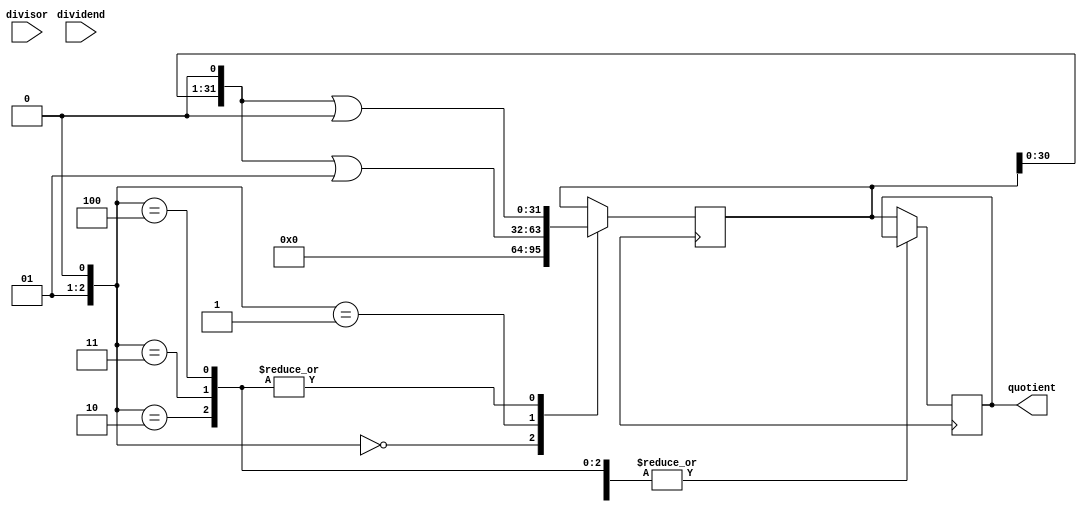
module Pipelined_Divider(
    input wire signed [31:0] dividend,
    input wire signed [31:0] divisor,
    output wire signed [31:0] quotient
);

reg signed [31:0] quotient_reg;
reg signed [31:0] remaining_dividend;

reg [4:0] pipeline_stage;

reg signed [31:0] partial_quotient1;
reg signed [31:0] partial_quotient2;

always @ (posedge clk) begin
    case(pipeline_stage)
        0: begin
               partial_quotient1 = remaining_dividend - divisor;
               partial_quotient2 = partial_quotient1 - divisor;
               remaining_dividend <= partial_quotient2;
           end
        1: begin
               partial_quotient1 = remaining_dividend - divisor;
               remaining_dividend <= partial_quotient1;
           end
        2: begin
               partial_quotient1 = remaining_dividend - divisor;
               remaining_dividend <= partial_quotient1;
           end
        3: begin
               partial_quotient1 = remaining_dividend - divisor;
               remaining_dividend <= partial_quotient1;
           end
        4: begin
               partial_quotient1 = remaining_dividend - divisor;
               remaining_dividend <= partial_quotient1;
           end
        default: begin
               remaining_dividend <= dividend;
           end
   endcase
end

always @ (posedge clk) begin
    case(pipeline_stage)
        0: begin
               quotient_reg <= 0;
           end
        1: begin
               quotient_reg <= (quotient_reg << 1) | 1;
           end
        2: begin
               quotient_reg <= (quotient_reg << 1) | 0;
           end
        3: begin
               quotient_reg <= (quotient_reg << 1) | 0;
           end
        4: begin
               quotient_reg <= (quotient_reg << 1) | 0;
           end
        default: begin
               quotient <= quotient_reg;
           end
   endcase
end

endmodule